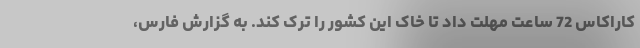
کاراکاس 72 ساعت مهلت داد تا خاک این کشور را ترک کند. به گزارش فارس،